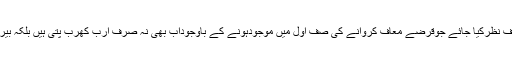
یہ کہاں کا انصاف ہے کہ اُن لوگوں سے صرفِ نظرکیا جائے جوقرضے معاف کروانے کی صفِ اوّل میں موجودہونے کے باوجوداب بھی نہ صرف ارب کھرب پتی ہیں بلکہ بیرونی ممالک میں اُن کی دولت بے حد وحساب۔